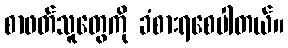
စာဖတ်သူတွေကို ခံစားရစေပါတယ်။